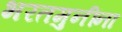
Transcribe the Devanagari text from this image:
भरतमुनींना